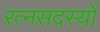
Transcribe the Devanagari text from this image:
रत्नसदस्यों